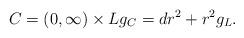
LaTeX: \begin{align*}C = (0, \infty) \times L g_C = dr^2 + r^2 g_L.\end{align*}